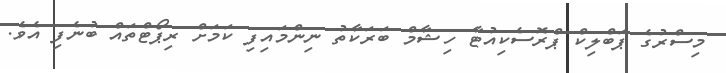
މިސްރުގެ ޕަބްލިކް ޕްރޮސެކިއުޓާ ހިޝާމް ބަރަކާތު ނިންމައިފި ކަމަށް ރިޕޯޓްތައް ބުނެފި އެވެ.